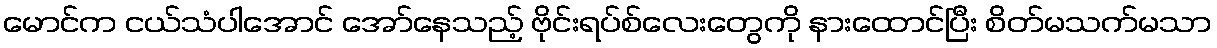
မောင်က ငယ်သံပါအောင် အော်နေသည့် ဗိုင်းရပ်စ်လေးတွေကို နားထောင်ပြီး စိတ်မသက်မသာ